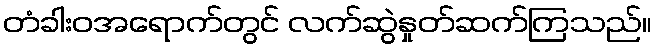
တံခါးဝအရောက်တွင် လက်ဆွဲနှုတ်ဆက်ကြသည်။